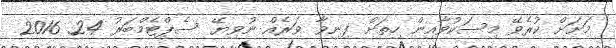
މަށަށް ކުރެވޭ މިސަކުވާއިން ހިތަށް ފިނިވާ ވަރެއް ނުވިޔޭ ސެޕްޓެމްބަރު 24